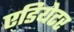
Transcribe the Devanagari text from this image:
एडियेटर